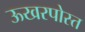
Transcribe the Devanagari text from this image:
ऊखरपोस्त